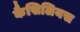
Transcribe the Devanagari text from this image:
कैसिलियस